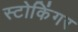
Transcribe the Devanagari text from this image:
स्टोकिंगर